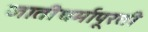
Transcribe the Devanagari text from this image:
जातीधर्मापूरती